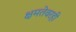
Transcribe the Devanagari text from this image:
क्षमतेवरही